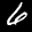
Label: 6